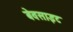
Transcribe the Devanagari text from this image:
बेवसाइट